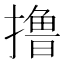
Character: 撸